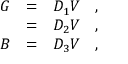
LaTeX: \begin{array} { l l l } { { \d G } } & { { = } } & { { { \cal D } _ { 1 } { \cal V } ~ ~ ~ , } } \\ { { \d H } } & { { = } } & { { { \cal D } _ { 2 } { \cal V } ~ ~ ~ , } } \\ { { \d B } } & { { = } } & { { { \cal D } _ { 3 } { \cal V } ~ ~ ~ , } } \end{array}